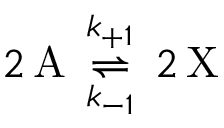
2 \, \mathrm { A } \, \underset { k _ { - 1 } } { \overset { k _ { + 1 } } { \rightleftharpoons } } \, 2 \, \mathrm { X }